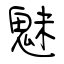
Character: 魅